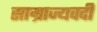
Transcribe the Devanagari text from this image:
साम्राज्यवदी